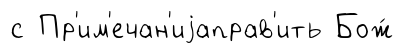
с Пр'им'ечан'иjаправ'ить Бож́